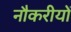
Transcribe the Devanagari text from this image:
नौकरीयों